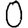
Digit: 0